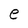
Character: e